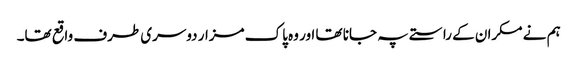
ہم نے مکران کے راستے پہ جانا تھا اور وہ پاک مزار دوسری طرف واقع تھا۔